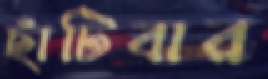
ছাঁটিবার